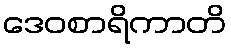
ဒေဝစာရိကာတိ